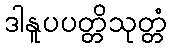
ဒါနူပပတ္တိသုတ္တံ